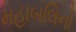
મહાબલિનો